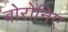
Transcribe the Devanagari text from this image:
बोरोनिए